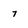
Character: 7